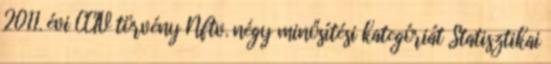
2011. évi CCIV törvény Nftv. négy minősítési kategóriát Statisztikai